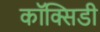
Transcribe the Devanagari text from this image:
कॉक्सिडी